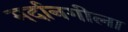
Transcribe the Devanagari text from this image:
मर्दानगीला